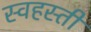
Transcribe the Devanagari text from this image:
स्वहस्ती